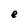
Character: e